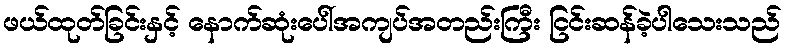
ဖယ်ထုတ်ခြင်းနှင့် နောက်ဆုံးပေါ်အကျပ်အတည်းကြီး ငြင်းဆန်ခဲ့ပါသေးသည်